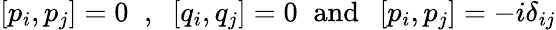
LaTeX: \left[p_{i},p_{j}\right]=0\; \; ,\; \; \left[q_{i},q_{j}\right]=0\; \; \mathrm{and}\; \; \left[p_{i},p_{j}\right]=-i\delta_{ij}